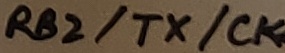
Text: RB2/TX/CK